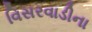
વિસરવાડીના